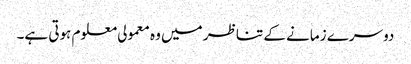
دوسرے زمانے کے تناظر میں وہ معمولی معلوم ہوتی ہے۔